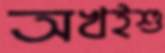
অখইশু